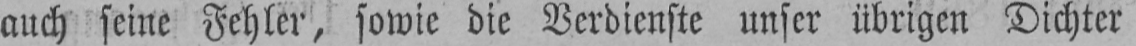
auch seine Fehler, sowie die Verdienste unser übrigen Dichter